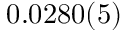
0 . 0 2 8 0 ( 5 )